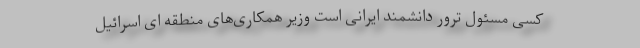
کسی مسئول ترور دانشمند ایرانی است وزیر همکاری‌های منطقه ای اسرائیل